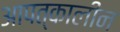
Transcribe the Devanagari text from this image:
आपत्‌कालीन